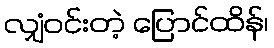
လျှံဝင်းတဲ့ ပြောင်ထိန်၊